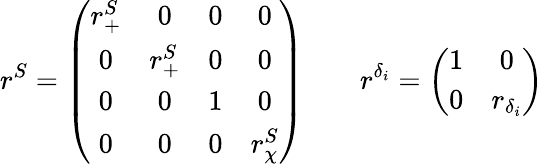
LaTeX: r^{S}=\left(\begin{array}{cccc}{{r_{+}^{S}}}&{{0}}&{{0}}&{{0}}\\ {{0}}&{{r_{+}^{S}}}&{{0}}&{{0}}\\ {{0}}&{{0}}&{{1}}&{{0}}\\ {{0}}&{{0}}&{{0}}&{{r_{\chi}^{S}}}\end{array}\right)\qquad r^{\delta_{i}}=\left(\begin{array}{cc}{{1}}&{{0}}\\ {{0}}&{{r_{\delta_{i}}}}\end{array}\right)